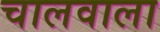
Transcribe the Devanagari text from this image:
चालवाला